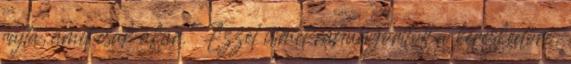
rajta, amit csak akar." Ezzel ismét ráhunyorított a kereskedőre,